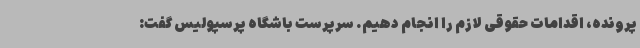
پرونده، اقدامات حقوقی لازم را انجام دهیم. سرپرست باشگاه پرسپولیس گفت: